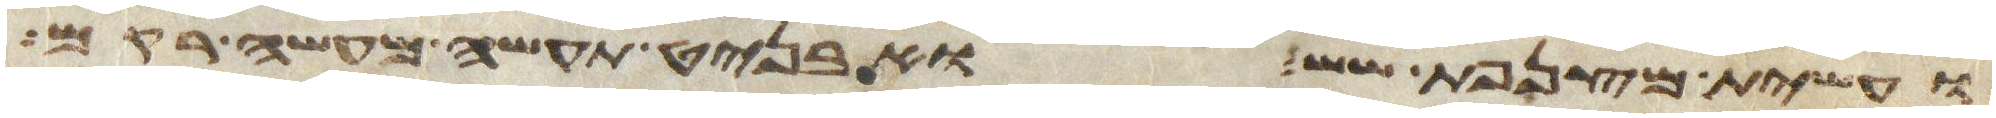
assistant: ועשית מצנפת שש ואבניט תעשה מעשה רקם